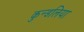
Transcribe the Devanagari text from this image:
कुन्डलिया